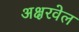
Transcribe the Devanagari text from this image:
अक्षरवेल